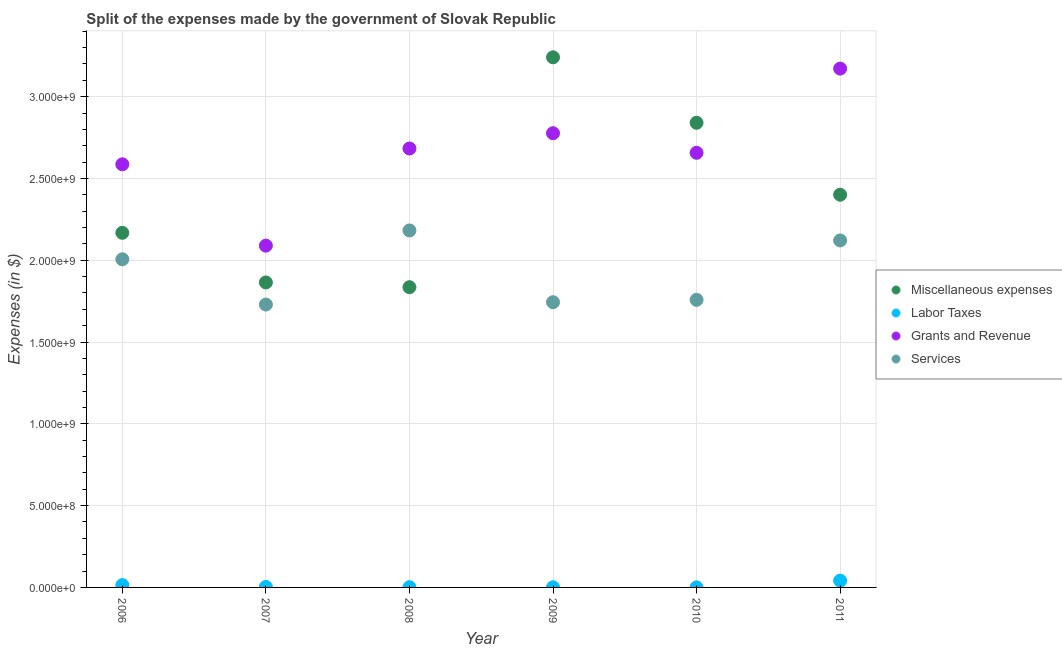
| Year | Miscellaneous expenses | Labor Taxes | Grants and Revenue | Services |
 | --- | --- | --- | --- | --- |
 | 2006 | 2.17e+09 | 1.41e+07 | 2.59e+09 | 2.01e+09 |
 | 2007 | 1.86e+09 | 2.58e+06 | 2.09e+09 | 1.73e+09 |
 | 2008 | 1.84e+09 | 1.39e+06 | 2.68e+09 | 2.18e+09 |
 | 2009 | 3.24e+09 | 7.25e+05 | 2.78e+09 | 1.74e+09 |
 | 2010 | 2.84e+09 | 3.61e+05 | 2.66e+09 | 1.76e+09 |
 | 2011 | 2.4e+09 | 4.13e+07 | 3.17e+09 | 2.12e+09 |